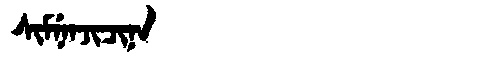
Manchu: ᠰᡳᠮᠨᡝᠨᠵᡳᠴᡳᠨᠠ
Romanization: SIMNENJICINA